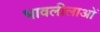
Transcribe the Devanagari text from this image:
भावलीलाओं